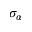
\sigma _ { \alpha }